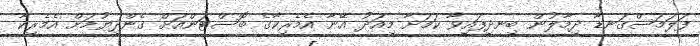
ފަލަމަސްގަނޑާ ދިމާލުން ބިނދިފައިވާ ކަމަށާ މިއަދު އޭނާ އެމެރިކާގެ ބޮސްޓަންއަށް ގެންދިޔުމަށް އެމެރިކާ